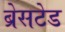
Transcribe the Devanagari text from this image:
ब्रेसटेड